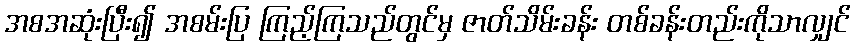
အစအဆုံးပြီး၍ အစမ်းပြ ကြည့်ကြသည်တွင်မှ ဇာတ်သိမ်းခန်း တစ်ခန်းတည်းကိုသာလျှင်